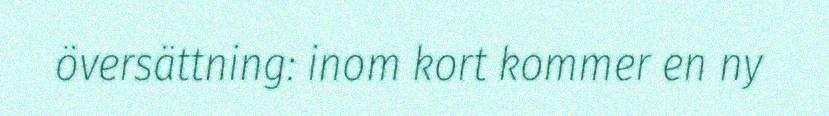
översättning: inom kort kommer en ny